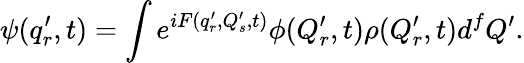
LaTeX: \psi(q_{r}^{\prime},t)=\int e^{iF(q_{r}^{\prime},Q_{s}^{\prime},t)}\phi(Q_{r}^{\prime},t)\rho(Q_{r}^{\prime},t)d^{f}Q^{\prime}.